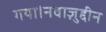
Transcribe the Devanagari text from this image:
गया।नवाज़ुद्दीन